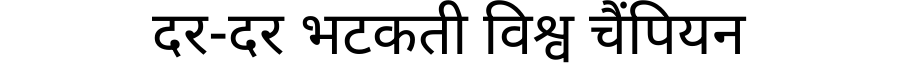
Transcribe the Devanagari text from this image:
दर-दर भटकती विश्व चैंपियन